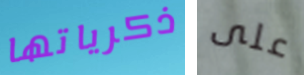
ذكرياتها على